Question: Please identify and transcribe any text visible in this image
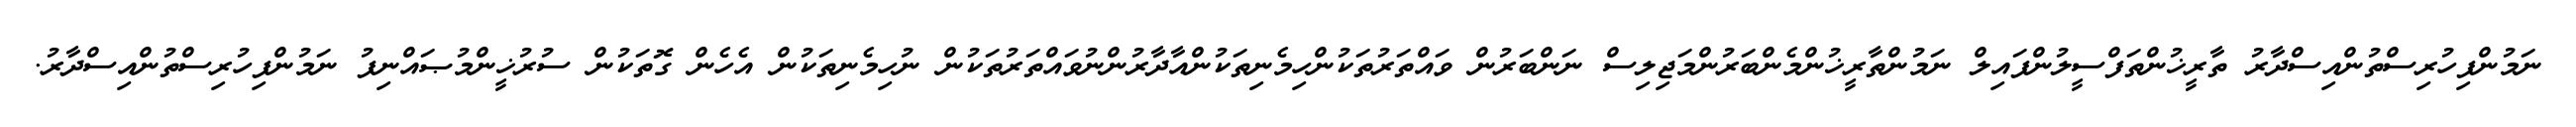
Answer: ނަމުންފިހުރިސްތުންއިސްދާރު ތާރީޚުންތަފްސީލުންފައިލް ނަމުންތާރީޚުންމެންބަރުންމަޖިލިސް ނަންބަރުން ވައްތަރުތަކުންހިމެނިތަކުންއާދާރުންނުވައްތަރުތަކުން ނުހިމެނިތަކުން އެހެން ގޮތަކުން ސުރުޚީންމުޞައްނިފު ނަމުންފިހުރިސްތުންއިސްދާރު.